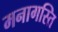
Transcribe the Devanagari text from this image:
मनागस्ति